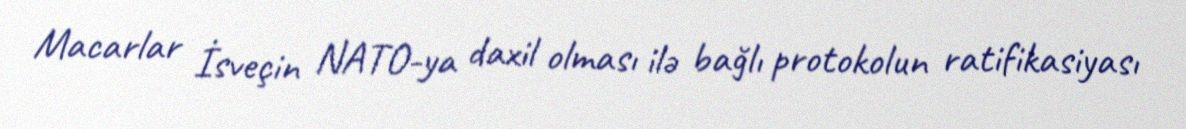
Macarlar İsveçin NATO-ya daxil olması ilə bağlı protokolun ratifikasiyası